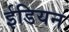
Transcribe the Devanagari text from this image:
ईडियन